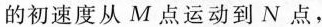
的初速度从M点运动到N点，